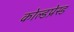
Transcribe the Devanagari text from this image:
कोल्डप्रेस्ड